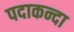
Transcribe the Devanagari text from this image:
पदाकन्दा